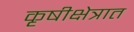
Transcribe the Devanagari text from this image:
कृषीक्षेत्रात